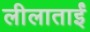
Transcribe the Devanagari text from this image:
लीलाताईं